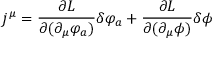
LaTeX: j ^ { \mu } = \frac { \partial L } { \partial ( \partial _ { \mu } \varphi _ { a } ) } \delta \varphi _ { a } + \frac { \partial L } { \partial ( \partial _ { \mu } \phi ) } \delta \phi